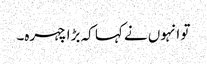
تو انہوں نے کہا کہ بڑا چہرہ۔